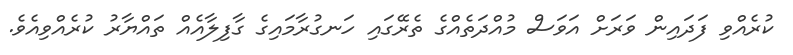
ކުރެއްވި ފަދައިން ވަރަށް އަވަސް މުއްދަތެއްގެ ތެރޭގައި ހަނގުރާމައިގެ ގާފިލާއެއް ތައްޔާރު ކުރެއްވިއެވެ.